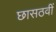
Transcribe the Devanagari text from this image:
छासठवीं